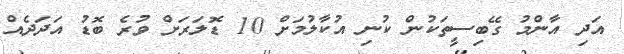
އަދި އާންމު ގޭބިސީތަކުން ކުނި އުކާލުމަށް 10 ޑޮލަރަށް ވުރެ ބޮޑު އަދަދެއް